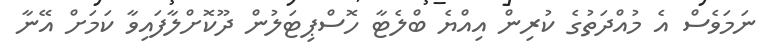
ނަމަވެސް އެ މުއްދަތުގެ ކުރިން އިއްޔެ ބްލެޓާ ހޮސްޕިޓަލުން ދޫކޮށްލާފައިވާ ކަމަށް އޭނާ